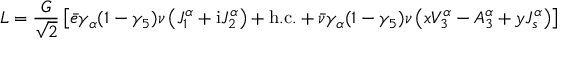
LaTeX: { \cal L } = \frac { G } { \sqrt { 2 } } \left[ \bar { e } \gamma _ { \alpha } ( 1 - \gamma _ { 5 } ) \nu \left( J _ { 1 } ^ { \alpha } + { \mathrm { i } } J _ { 2 } ^ { \alpha } \right) + \mathrm { h . c . } + \bar { \nu } \gamma _ { \alpha } ( 1 - \gamma _ { 5 } ) \nu \left( x V _ { 3 } ^ { \alpha } - A _ { 3 } ^ { \alpha } + y J _ { s } ^ { \alpha } \right) \right]